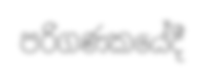
පරිගණකයේදී